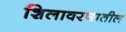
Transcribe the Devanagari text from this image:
शिलावरणातील